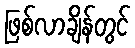
ဖြစ်လာချိန်တွင်